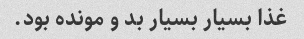
غذا بسیار بسیار بد و مونده بود.